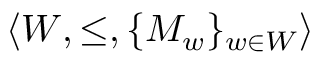
\langle W , \leq , \{ M _ { w } \} _ { w \in W } \rangle